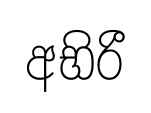
අභිරී